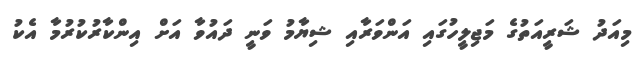
މިއަދު ޝަރީއަތުގެ މަޖިލީހުގައި އަންވަރާއި ޝިޔާމު ވަނީ ދައުވާ އަށް އިންކާރުކުރުމާ އެކު